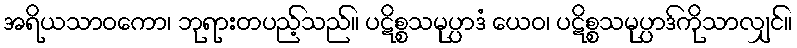
အရိယသာဝကော၊ ဘုရားတပည့်သည်။ ပဋိစ္စသမုပ္ပာဒံ ယေဝ၊ ပဋိစ္စသမုပ္ပာဒ်ကိုသာလျှင်။